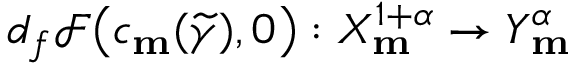
d _ { f } \mathscr { F } \big ( c _ { \mathbf { m } } ( \widetilde { \gamma } ) , 0 \big ) : X _ { \mathbf { m } } ^ { 1 + \alpha } \rightarrow Y _ { \mathbf { m } } ^ { \alpha }